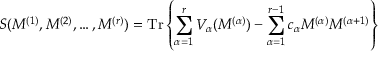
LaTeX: S ( M ^ { ( 1 ) } , M ^ { ( 2 ) } , \ldots , M ^ { ( r ) } ) = \mathrm { T r } \left\{ \sum _ { \alpha = 1 } ^ { r } V _ { \alpha } ( M ^ { ( \alpha ) } ) - \sum _ { \alpha = 1 } ^ { r - 1 } c _ { \alpha } M ^ { ( \alpha ) } M ^ { ( \alpha + 1 ) } \right\}